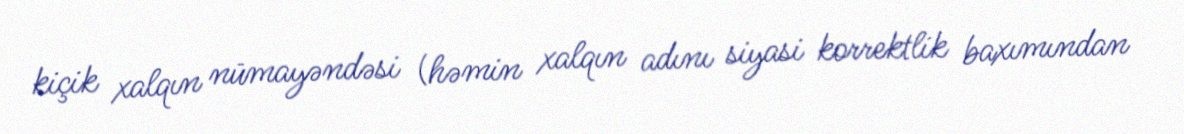
kiçik xalqın nümayəndəsi (həmin xalqın adını siyasi korrektlik baxımından